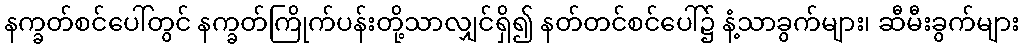
နက္ခတ်စင်ပေါ်တွင် နက္ခတ်ကြိုက်ပန်းတို့သာလျှင်ရှိ၍ နတ်တင်စင်ပေါ်၌ နံ့သာခွက်များ၊ ဆီမီးခွက်များ